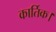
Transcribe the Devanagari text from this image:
कार्तिक।